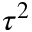
\tau ^ { 2 }